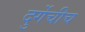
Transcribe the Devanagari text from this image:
दुर्गेचीच